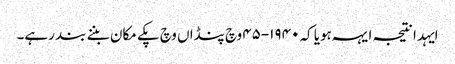
ایہدا نتیجہ ایہہ ہویا کہ ١٩٤٠-٤٥ وچ پنڈاں وچ پکے مکان بننے بند رہے۔